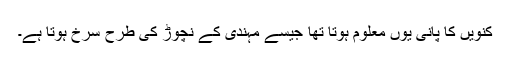
کنویں کا پانی یوں معلوم ہوتا تھا جیسے مہندی کے نچوڑ کی طرح سرخ ہوتا ہے۔